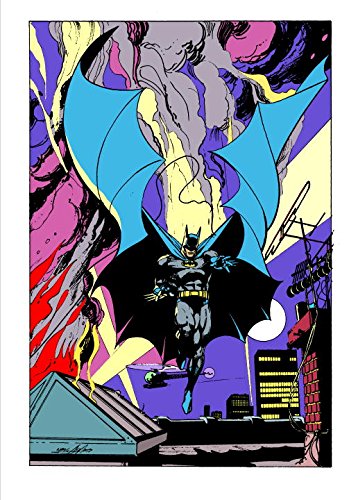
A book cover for Batman by Neal Adams Omnibus; Denny O'Neil; Comics & Graphic Novels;